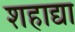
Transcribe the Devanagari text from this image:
शहाद्या